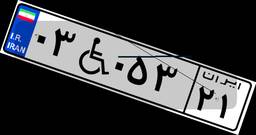
۴۰W۳۶۵۷۰